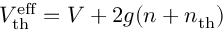
V _ { \mathrm { t h } } ^ { \mathrm { e f f } } = V + 2 g ( n + n _ { \mathrm { t h } } )